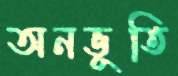
অনভূতি